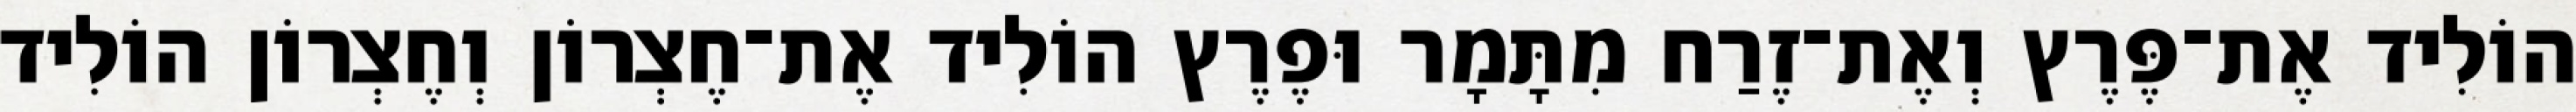
הוֹלִיד אֶת־פֶּרֶץ וְאֶת־זֶרַח מִתָּמָר וּפֶרֶץ הוֹלִיד אֶת־חֶצְרוֹן וְחֶצְרוֹן הוֹלִיד